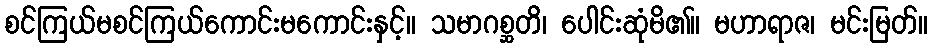
စင်ကြယ်မစင်ကြယ်ကောင်းမကောင်းနှင့်။ သမာဂစ္ဆတိ၊ ပေါင်းဆုံမိ၏။ မဟာရာဇ၊ မင်းမြတ်။